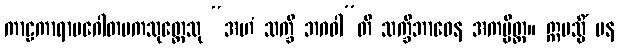
ကာဠကာရာမဂေါတမကသုတ္တေသု “အဟံ သက္ခီ ဘဂဝါ”တိ သက္ခိဘာဝေန အကမ္ပိတ္ထ။ ဣမသ္မိံ ပန